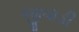
જીવાડી